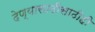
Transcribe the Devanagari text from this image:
देण्यासाठीसाठीही